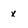
Character: x